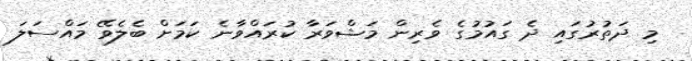
މި ދަތުރުގައި ދެ ގައުމުގެ ވެރިން މަޝްވަރާ ކުރައްވާނެ ކަމަށް ބެލެވޭ މައްސަލަ